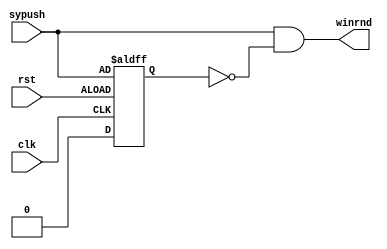
`timescale 1ns / 1ps
//////////////////////////////////////////////////////////////////////////////////
// Company: 
// Engineer: 
// 
// Design Name: 
// Module Name:    OPP 
// Project Name: 
// Target Devices: 
// Tool versions: 
// Description: 
//
// Dependencies: 
//
// Revision: 
// Revision 0.01 - File Created
// Additional Comments: 
//
//////////////////////////////////////////////////////////////////////////////////
module OPP(
    input sypush,
    input clk,
    input rst,
    output winrnd
    );

	//input sypush,clk,rst;
   //output winrnd;
	reg winrnd_delay;
	
	always @(posedge clk or negedge rst)
    begin
		if(rst)
			winrnd_delay = 0;
		else
			winrnd_delay = sypush;
	end

	assign winrnd = sypush & ~winrnd_delay;

endmodule